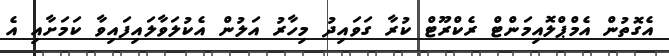
އެގޮތުން އެމްޕްލޮއިމަންޓް ރެކްރޫޓް ކުރާ ގަވައިދު މިހާރު އަލުން އެކުލަވާލައިފައިވާ ކަމަށާއި އެ